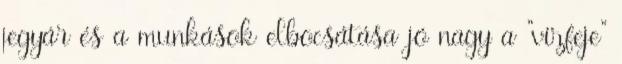
jegyár és a munkások elbocsátása jó nagy a "vízfeje"